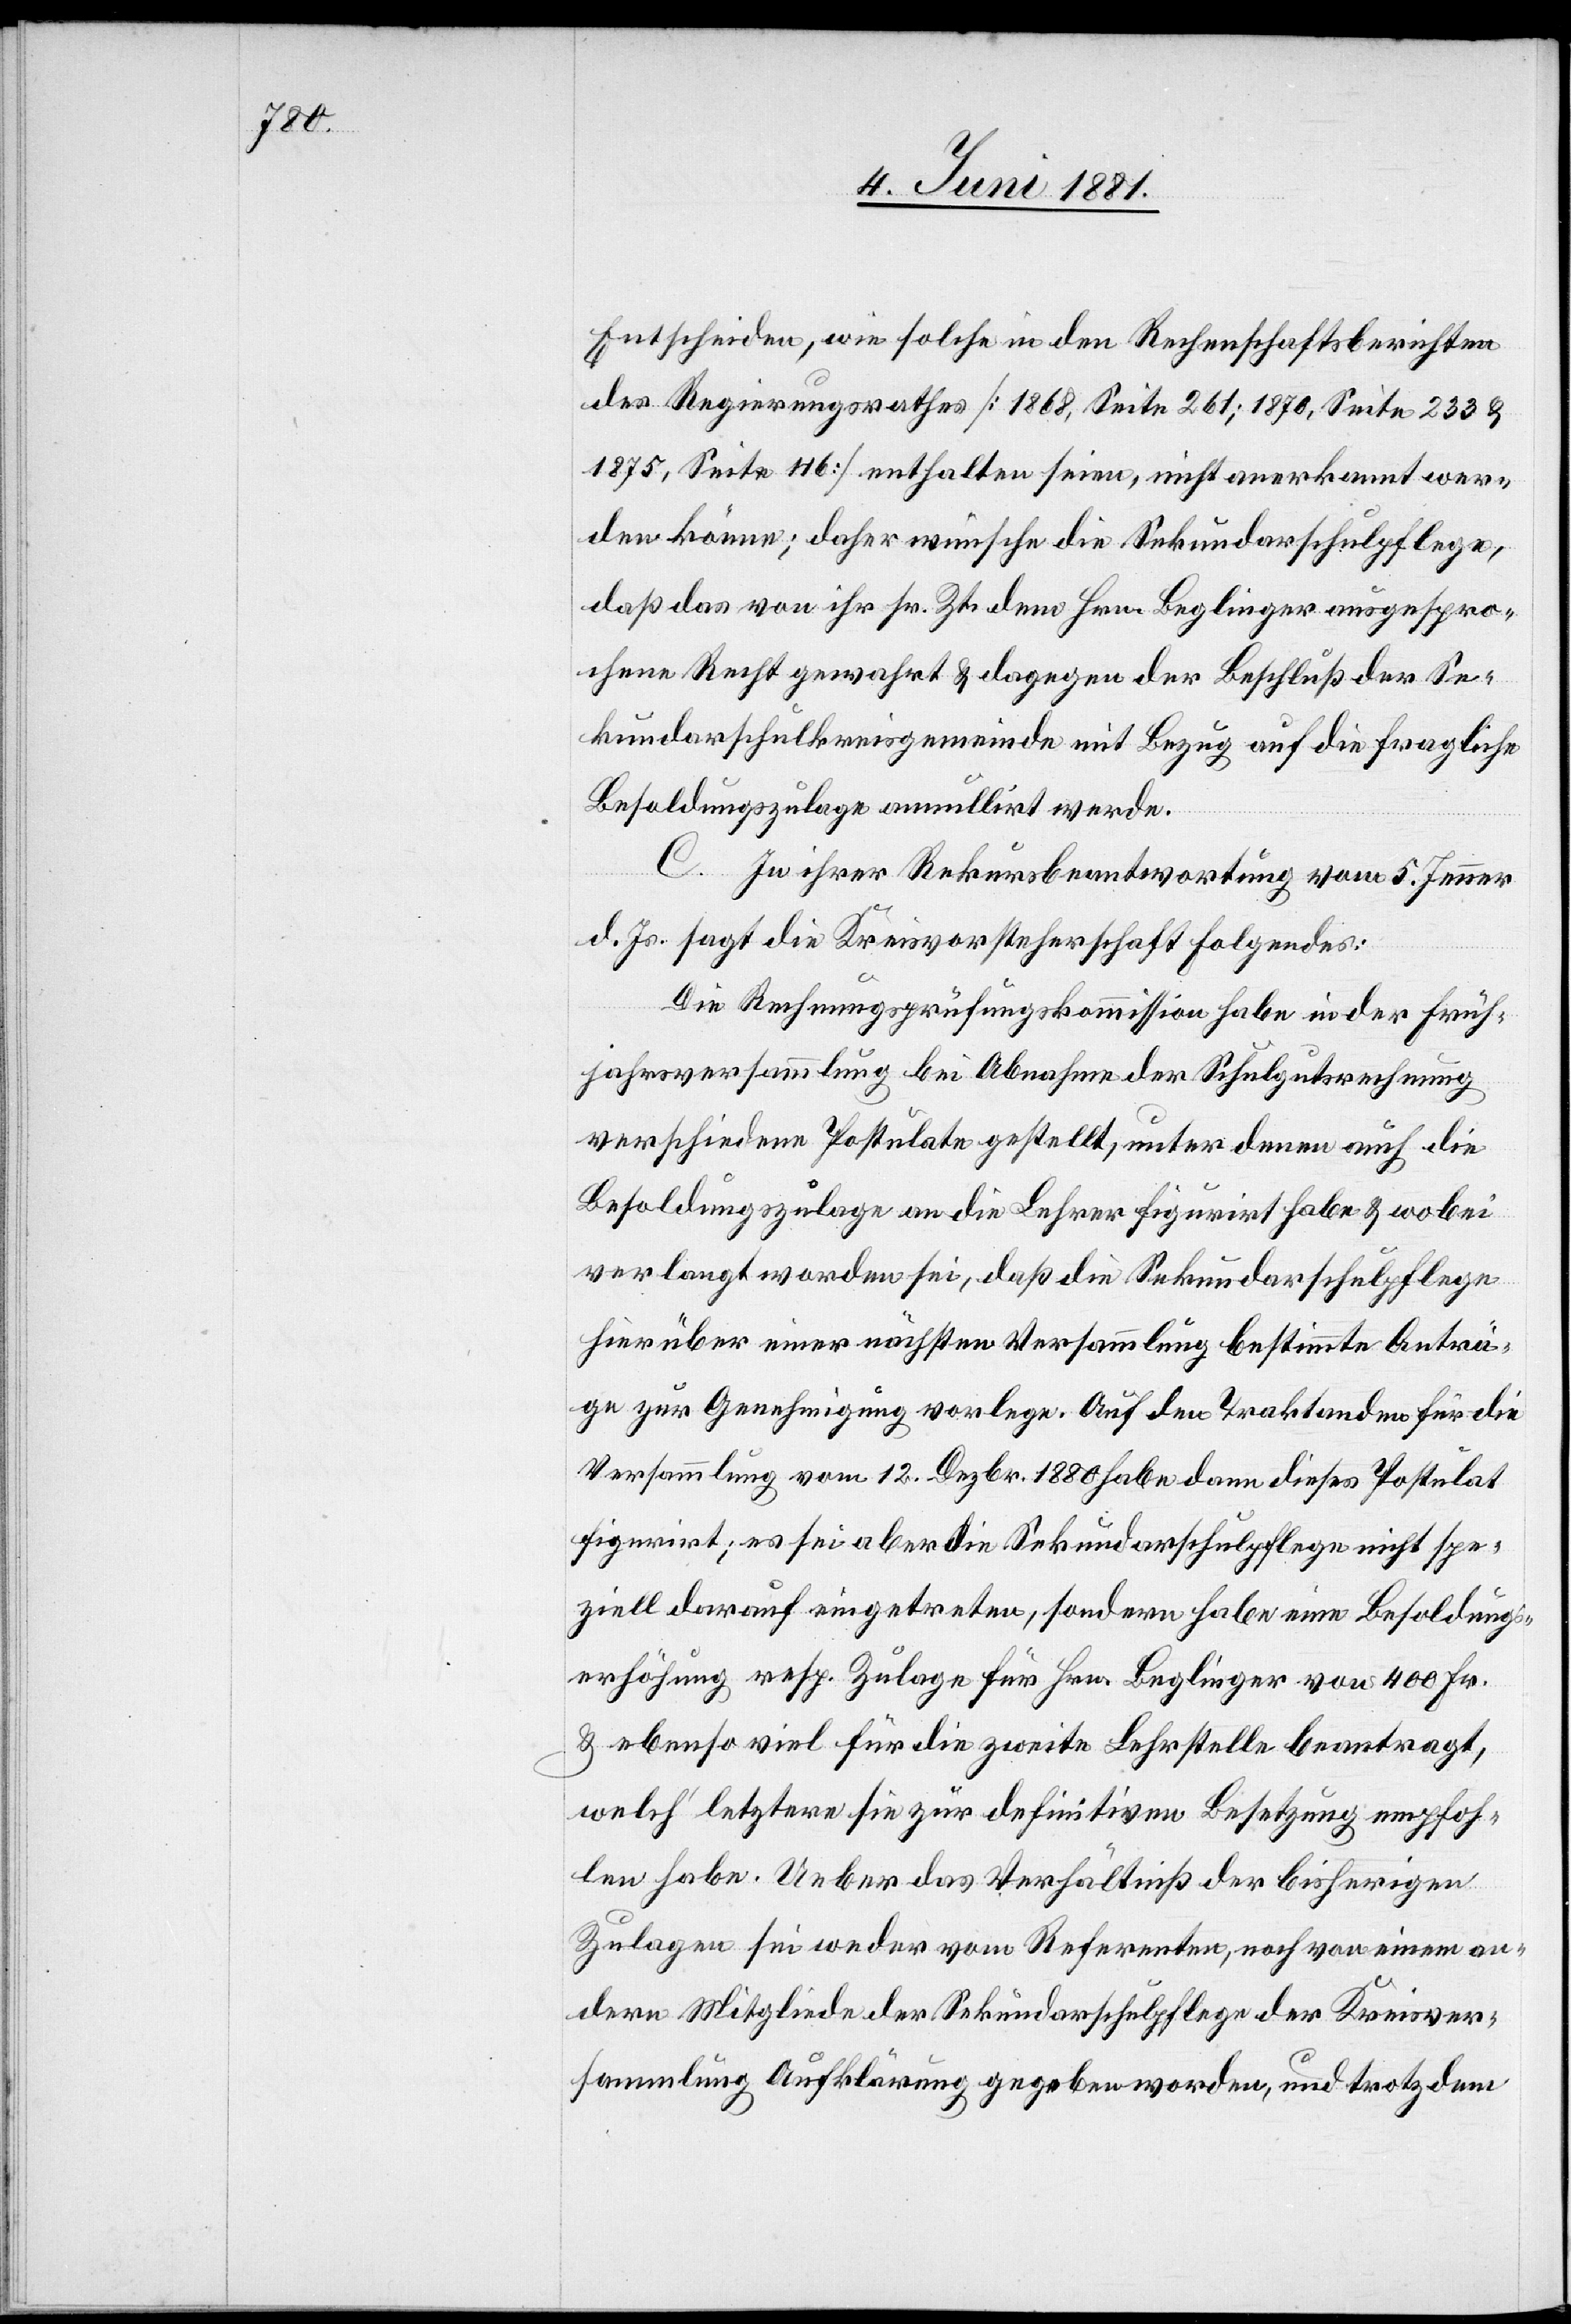
Entscheiden, wie solche in den Rechenschaftsberichten
des Regierungsrathes [1868, Seite 261; 1870, Seite 233 &
1875, Seite 116] enthalten seien, nicht anerkannt wer¬
den könne; daher wünsche die Sekundarschulpflege,
daß das von ihr sr. Zt. dem Hrn. Beglinger ausgespro¬
chene Recht gewahrt & dagegen der Beschluß der Se¬
kundarschulkreisgemeinde mit Bezug auf die fragliche
Besoldungszulage annullirt werde.
C. In ihrer Rekursbeantwortung vom 5. Jenner
d. Js. sagt die Kreisvorsteherschaft folgendes:
Die Rechnungsprüfungskommission habe in der Früh¬
jahrsversammlung bei Abnahme der Schulgutsrechnung
verschiedene Postulate gestellt, unter denen auch die
Besoldungszulage an die Lehrer figurirt haben & wobei
verlangt worden sei, daß die Sekundarschulpflege
hierüber einer nächsten Versammlung bestimmte Anträ¬
ge zur Genehmigung vorlege. Auf den Traktanden für die
Versammlung vom 12. Dezbr. 1880 habe dann dieses Postulat
figurirt; es sei aber die Sekundarschulpflege nicht spe¬
zielle darauf eingetreten, sondern habe eine Besoldungs¬
erhöhung resp. Zulage für Hrn. Beglinger von 400 Fr.
& ebenso viel für die zweite Lehrstelle beantragt,
welch letztere sie zur definitiven Besetzung empfoh¬
len habe. Ueber das Verhältniß der bisherigen
Zulagen sei weder vom Referenten, noch von einem an¬
dern Mitgliede der Sekundarschulpflege der Kreisver¬
sammlung Aufklärung gegeben worden, und trotzdem